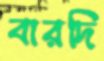
বারদি